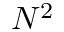
N ^ { 2 }